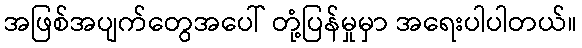
အဖြစ်အပျက်တွေအပေါ် တုံ့ပြန်မှုမှာ အရေးပါပါတယ်။